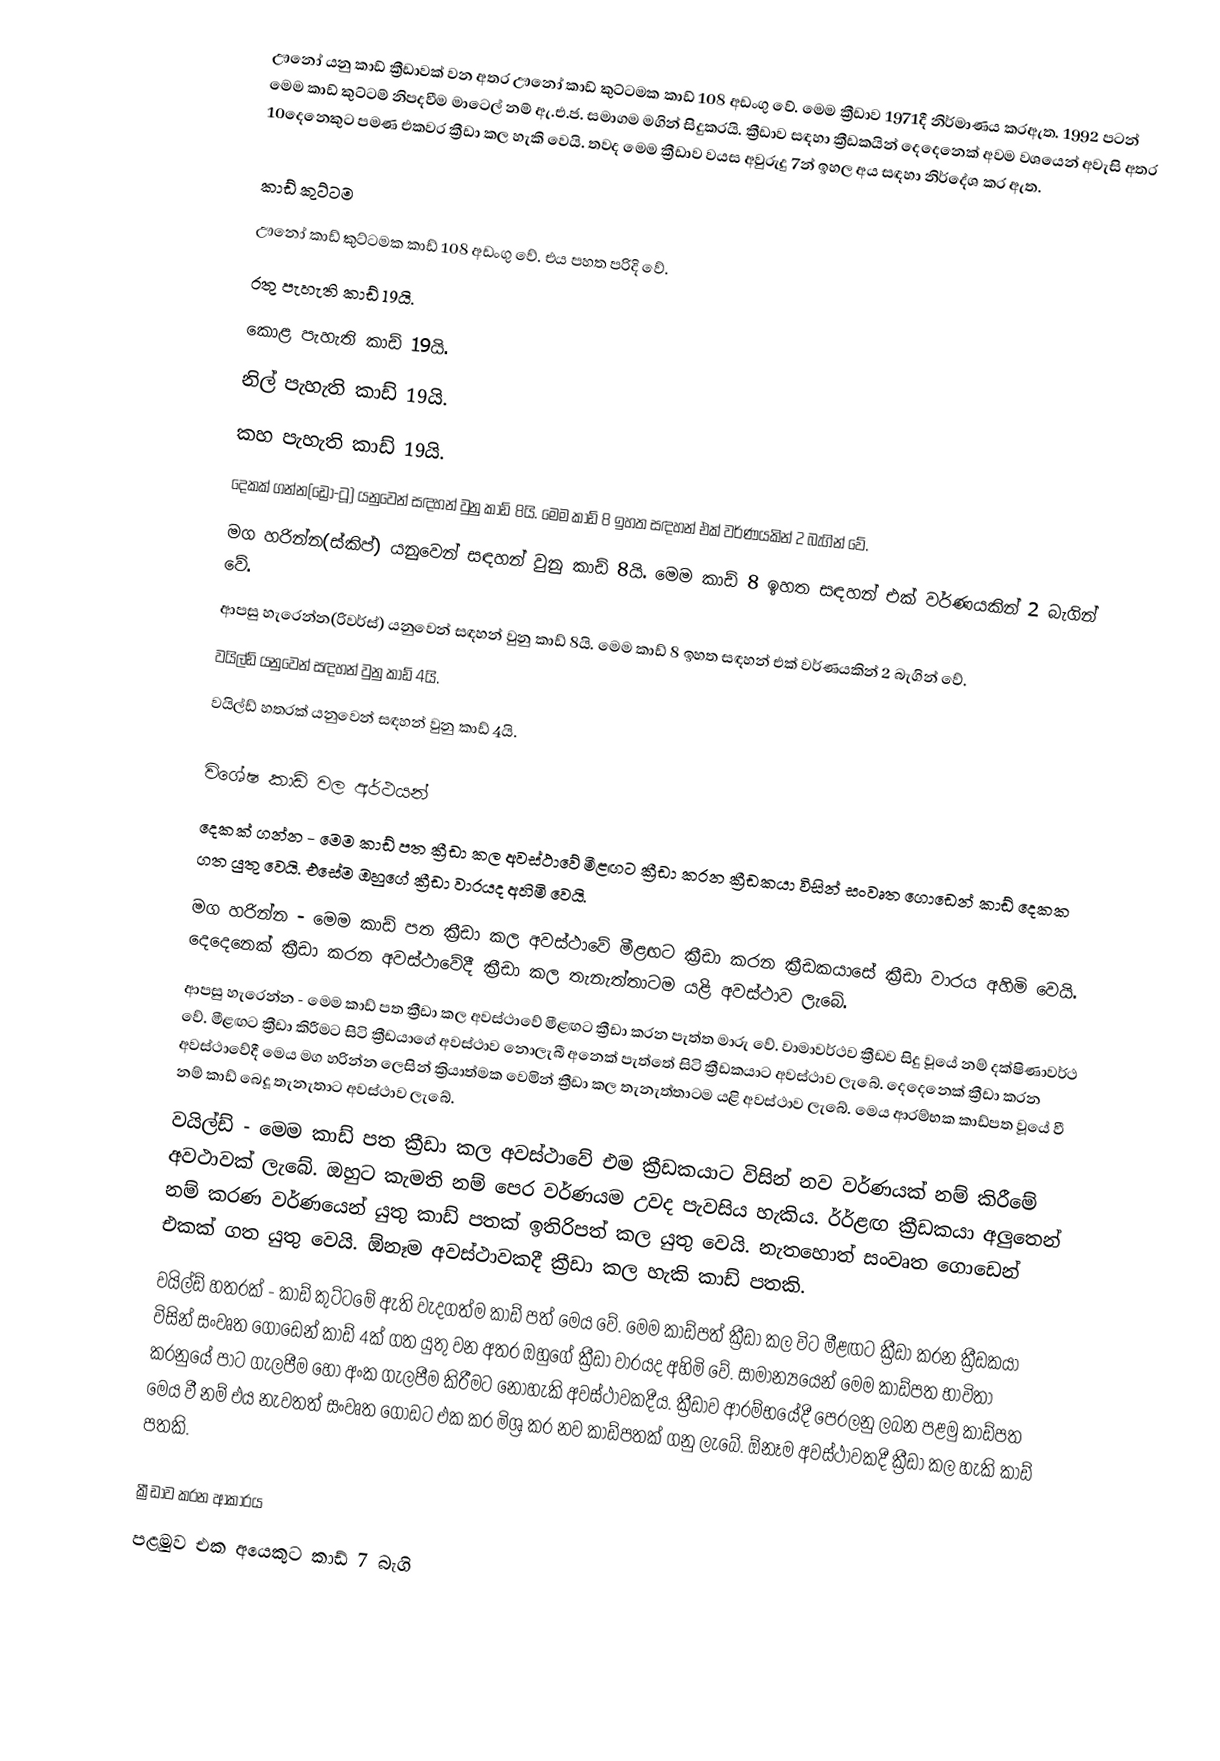
ඌනෝ යනු කාඩ් ක්‍රීඩාවක් වන අතර ඌනෝ කාඩ් කුට්ටමක කාඩ් 108 අඩංගු වේ. මෙම ක්‍රීඩාව 1971දී නිර්මාණය කරඇත. 1992 පටන් මෙම කාඩ් කුට්ටම් නිපදවීම මාටෙල් නම් ඇ.එ.ජ. සමාගම මගින් සිදුකරයි. ක්‍රීඩාව සඳහා ක්‍රීඩකයින් දෙදෙනෙක් අවම වශයෙන් අවැසි අතර 10දෙනෙකුට පමණ එකවර ක්‍රීඩා කල හැකි වෙයි. තවද මෙම ක්‍රීඩාව වයස අවුරුදු 7න් ඉහල අය සඳහා නිර්දේශ කර ඇත.

කාඩ් කුට්ටම
ඌනෝ කාඩ් කුට්ටමක කාඩ් 108 අඩංගු වේ. එය පහත පරිදි වේ.
රතු පැහැති කාඩ් 19යි.
කොළ පැහැති කාඩ් 19යි.
නිල් පැහැති කාඩ් 19යි.
කහ පැහැති කාඩ් 19යි.
දෙකක් ගන්න(ඩ්‍රො-ටූ) යනුවෙන් සඳහන් වුනු කාඩ් 8යි. මෙම කාඩ් 8 ඉහත සඳහන් එක් වර්ණයකින් 2 බැගින් වේ.
මග හරින්න(ස්කිප්) යනුවෙන් සඳහන් වුනු කාඩ් 8යි. මෙම කාඩ් 8 ඉහත සඳහන් එක් වර්ණයකින් 2 බැගින් වේ.
ආපසු හැරෙන්න(රිවර්ස්) යනුවෙන් සඳහන් වුනු කාඩ් 8යි. මෙම කාඩ් 8 ඉහත සඳහන් එක් වර්ණයකින් 2 බැගින් වේ.
වයිල්ඩ් යනුවෙන් සඳහන් වුනු කාඩ් 4යි.
වයිල්ඩ් හතරක් යනුවෙන් සඳහන් වුනු කාඩ් 4යි.

විශේෂ කාඩ් වල අර්ථයන්
දෙකක් ගන්න - මෙම කාඩ් පත  ක්‍රීඩා කල අවස්ථාවේ මීළඟට ක්‍රීඩා කරන ක්‍රීඩකයා විසින් සංවෘත ගොඩෙන් කාඩ් දෙකක ගත යුතු වෙයි. එසේම ඔහුගේ ක්‍රීඩා වාරයද අහිමි වෙයි.
මග හරින්න - මෙම කාඩ් පත  ක්‍රීඩා කල අවස්ථාවේ මීළඟට ක්‍රීඩා කරන ක්‍රීඩකයාසේ ක්‍රීඩා වාරය අහිමි වෙයි. දෙදෙනෙක් ක්‍රීඩා කරන අවස්ථාවේදී ක්‍රීඩා කල තැනැත්තාටම යළි අවස්ථාව ලැබේ.
ආපසු හැරෙන්න - මෙම කාඩ් පත  ක්‍රීඩා කල අවස්ථාවේ මීළඟට ක්‍රීඩා කරන පැත්ත මාරු වේ. වාමාවර්ථව ක්‍රීඩව සිදු වූයේ නම් දක්ෂිණාවර්ථ වේ. මීළඟට ක්‍රීඩා කිරීමට සිටි ක්‍රීඩයාගේ අවස්ථාව නොලැබී අනෙක් පැත්තේ සිටි ක්‍රීඩකයාට අවස්ථාව ලැබේ.  දෙදෙනෙක් ක්‍රීඩා කරන අවස්ථාවේදී මෙය මග හරින්න  ලෙසින් ක්‍රියාත්මක වෙමින් ක්‍රීඩා කල තැනැත්තාටම යළි අවස්ථාව ලැබේ. මෙය ආරම්භක කාඩ්පත වූයේ වී නම් කාඩ් බෙදූ තැනැතාට අවස්ථාව ලැබේ.
වයිල්ඩ් - මෙම කාඩ් පත ක්‍රීඩා කල අවස්ථාවේ එම ක්‍රීඩකයාට විසින් නව වර්ණයක් නම් කිරීමේ අවථාවක් ලැබේ. ඔහුට කැමති නම් පෙර වර්ණයම උවද පැවසිය හැකිය. ර්‍ර්ළඟ ක්‍රීඩකයා අලුතෙන් නම් කරණ වර්ණයෙන් යුතු කාඩ් පතක් ඉතිරිපත් කල යුතු වෙයි. නැතහොත් සංවෘත ගොඩෙන් එකක් ගත යුතු වෙයි. ඕනෑම අවස්ථාවකදී ක්‍රීඩා කල හැකි කාඩ් පතකි.
වයිල්ඩ් හතරක් - කාඩ් කුට්ටමේ ඇති වැදගත්ම කාඩ් පත් මෙය වේ. මෙම කාඩ්පත් ක්‍රීඩා කල විට මීළඟට ක්‍රීඩා කරන ක්‍රීඩකයා විසින් සංවෘත ගොඩෙන් කාඩ් 4ක් ගත යුතු වන අතර ඔහුගේ ක්‍රීඩා වාරයද අහිමි වේ. සාමාන්‍යයෙන් මෙම කාඩ්පත භාවිතා කරනුයේ පාට ගැලපීම හෝ අංක ගැලපීම කිරීමට නොහැකි අවස්ථාවකදීය. ක්‍රීඩාව ආරම්භයේදී පෙරලනු ලබන  පළමු කාඩ්පත මෙය වී නම් එය නැවතත් සංවෘත ගොඩට එක කර මිශ්‍ර කර නව කාඩ්පතක් ගනු ලැබේ. ඕනෑම අවස්ථාවකදී ක්‍රීඩා කල හැකි කාඩ් පතකි.

ක්‍රීඩාව කරන ආකාරය
පළමුව එක අයෙකුට කාඩ් 7 බැගි